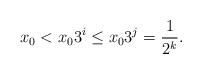
LaTeX: \begin{align*}x_0 < x_0 3^i \leq x_03^j = \frac{1}{2^k}.\end{align*}